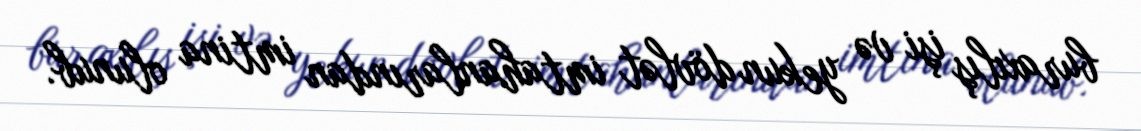
buraxılış işi və yekun dövlət imtahanlarından imtina olunub.